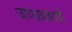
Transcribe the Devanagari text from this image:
जाण्याबाबतची